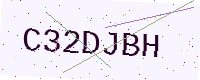
Text: C32DJBH